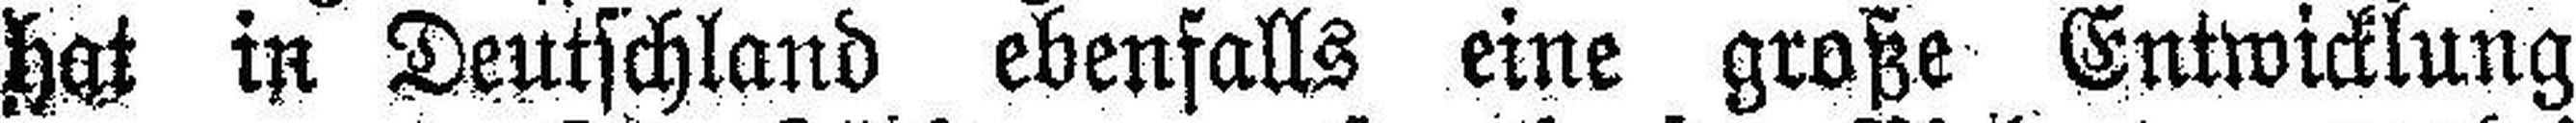
hat in Deutschland ebenfalls eine große Entwicklung